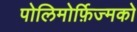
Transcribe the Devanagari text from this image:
पोलिमोर्फ़िज्मको